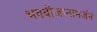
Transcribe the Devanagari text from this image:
भवबीजानामर्जनं